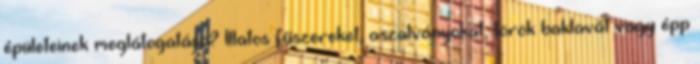
épületeinek meglátogatása? Illatos fűszereket, aszalványokat, török baklavát vagy épp